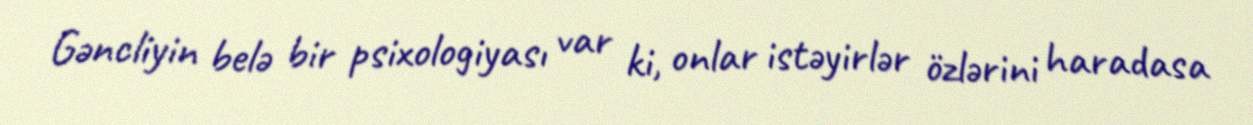
Gəncliyin belə bir psixologiyası var ki, onlar istəyirlər özlərini haradasa